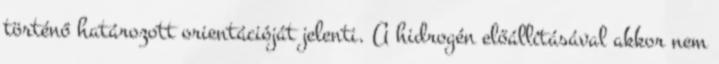
történő határozott orientációját jelenti. A hidrogén előállításával akkor nem